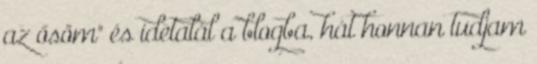
az ősöm" és idetalál a blogba, hát honnan tudjam